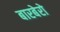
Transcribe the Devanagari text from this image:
बारबेरो